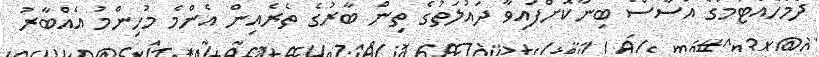
ދެމެހެއްޓުމުގެ އަސާސް ބިނާކޮށްފައިވާ ދައުލަތުގެ ތިން ބާރުގެ ތެރެއިން އެންމެ މުހިންމު އެއްބާރު